Medical and sanitary report of the native army of Bengal for the year
Year: 1878
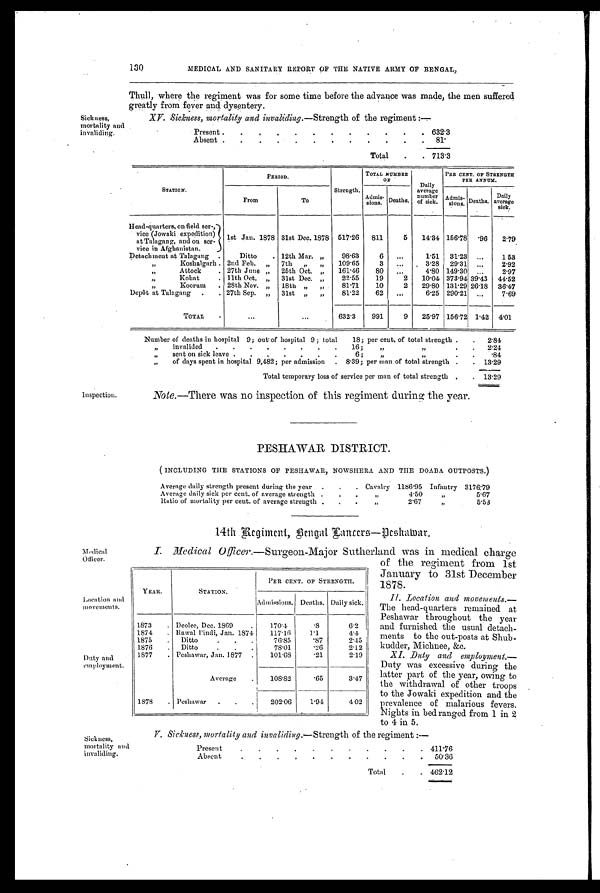
V. Sickness, mortality and invaliding. —Strength of the regiment :—
Present
.
.
.
. .
.
.
.
.
.
. 411.76
Absent
.
.
.
. .
.
.
.
.
.
.
50.36
Total
.
. 462.12
Sickness,
mortality and
130
MEDICAL AND SANITARY REPORT OF THE NATIVE ARMY OF BENGAL,
Thull, where the regiment was for some time before the advance was made, the men suffered
greatly from fever and dysentery.
Sickness,
mortality and
invaliding.
XV. Sickness, mortality and invaliding.—Strength of the regiment:—
Present .
.
.
.
.
.
.
.
.
.
.
. 632.3
Absent .
.
.
.
.
.
.
.
.
.
.
.
8 1 .
Total
.
. 713.3
STATION.
PERIOD.
Strength.
TOTAL NUMBER
OF
Daily
average
number
of sick.
PER CENT OF STRENGTH
PER ANNUM.
From
To
Admis-
sions Deaths.
Admis-
sions. Deaths.
Daily
average
sick.
Head-quarters, on field ser-,
vice (Jowaki expedition)
at Talagang, and on ser-
vice in Afghanistan.
1st Jan. 1878 31st Dec. 1878 517.26
811
5
14.34 156.78
.96
2.79
Detach ment at Talagang .
Ditto
. 12th Mar. „
98.63
6
...
1.51 31.23 ...
1.53
,,
Koshalgarh . 2nd Feb. „
7th
,,
, ,
109.65
3
...
3.28
29.31
. . .
2.92
Attock
. 27th June „
25th Oct. „
161.46
80
. . .
4.80 149.30 ...
2.97
,,,
Kohat
. 11th Oct. „
31st Dec. „
22.55
19
2
10.04 373.94 39.43 14.52
„
Koorum
. 28th Nov. „
18th „
„
81.71
10
2
29.80 131.29 26.18 36.47
Depôt at Talagang
.
. 27th Sep. „
31st „
„
81.22
62
...
6.25 290.21 ...
7.69
TOTAL
•
...
...
632.3
991
9
25.97 156.72 1.42 4.01
Number of deaths in hospital 9; out of hospital 9 ; total
18; per cent, of total strength .
.
2.84
,,
invalided
.
.
.
.
.
.
.
.
16;
„
. .
2.24
,,
sent on sick leave .
.
.
.
.
.
.
6;
„
.
.
. . 84
,,
of days spent in hospital 9,482; per admission
. 8.39; per man of total strength .
. 13.29
Total temporary loss of service per man of total strength .
. 13.29
Inspection.
Note. —There was no inspection of this regiment during the year.
Medical
Officer.
Location and
movements.
Duty and
employment.
PESHAWAR DISTRICT.
( INCLUDING THE STATIONS OF PESHAWAR, NOWSHERA AND THE DOABA OUTPOSTS.)
Average daily strength present during the year
. . . Cavalry 1186.95 Infantry 3176.79
Average daily sick per cent, of average strength .
.
.
,,
4.50
,,
5.67
Ratio of mortality per cent. of average strength
. . .
, ,
2.67
,,
5.53
14th Regiment, Bengal Lanccrs—Peshawar.
I. Medical Officer.—Surgeon-Major Sutherland was in medical charge
of the regiment from 1st
January to 31st December
1878.
11. Location and movements.
— T h e h e a d - q u a r t e r s r e m a i n e d a t
Peshawar throughout the year
and furnished the usual detach-
ments to the out-posts at Shub-
kudder. Michnee. &c.
XI. Duty and employment.
— D u t y w a s e x c e s s i v e d u r i n g t h e
latter part of the year, owing to
the withdrawal of other troops
to the Jowaki expedition and the
prevalence of malarious fevers.
Nights in bed ranged from 1 in 2
to 4 in 5.
YEAR
STATION.
PER CENT. OF STRENGTH.
Admissions. Deaths. Daily sick.
1873
. Deolee, Dec. 1869
.
170.4
. 8
6.2
1874
. Rawal Pindi, Jan. 1874
117.16
1.1
1 . 1
1875
.
Ditto
76.85
.87
2.45
1876
.
Ditto
78.01
.26
2.12
1877
. Peshawar, Jan. 1877 .
101.68
.21
2.19
Average
.
108.82
.65
3.47
1878
. Peshawar
.
.
202.06
1.94
4.02